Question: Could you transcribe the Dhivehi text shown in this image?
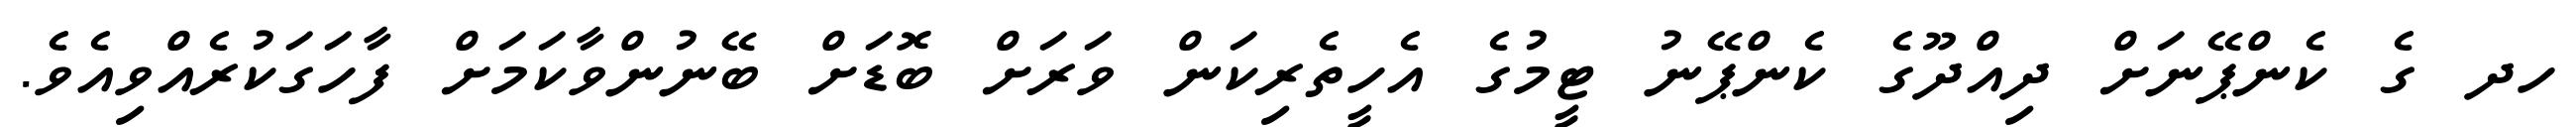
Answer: ހދ ގެ ކެންޕޭނަށް ދިއްދޫގެ ކެންޕޭނު ޓީމުގެ އެހީތެރިކަން ވަރަށް ބޮޑަށް ބޭނުންވާކަމަށް ފާހަގަކުރެއްވިއެވެ.